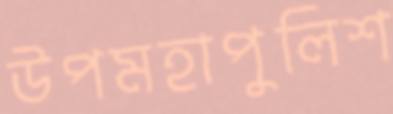
উপমহাপুলিশ